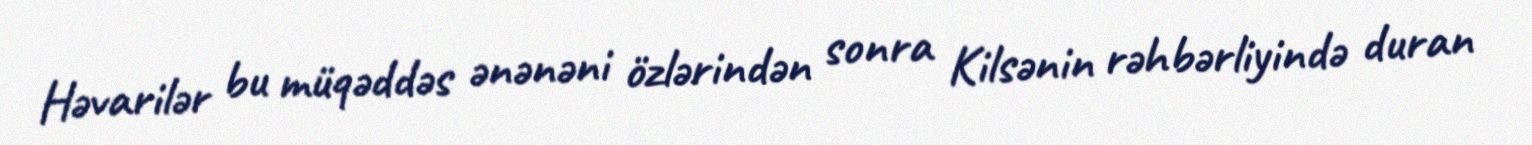
Həvarilər bu müqəddəs ənənəni özlərindən sonra Kilsənin rəhbərliyində duran